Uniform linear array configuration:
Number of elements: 32
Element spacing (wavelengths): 0.5
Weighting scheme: kaiser
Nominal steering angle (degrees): -60
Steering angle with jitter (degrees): -59.516
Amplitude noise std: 0.05
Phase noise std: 0.05

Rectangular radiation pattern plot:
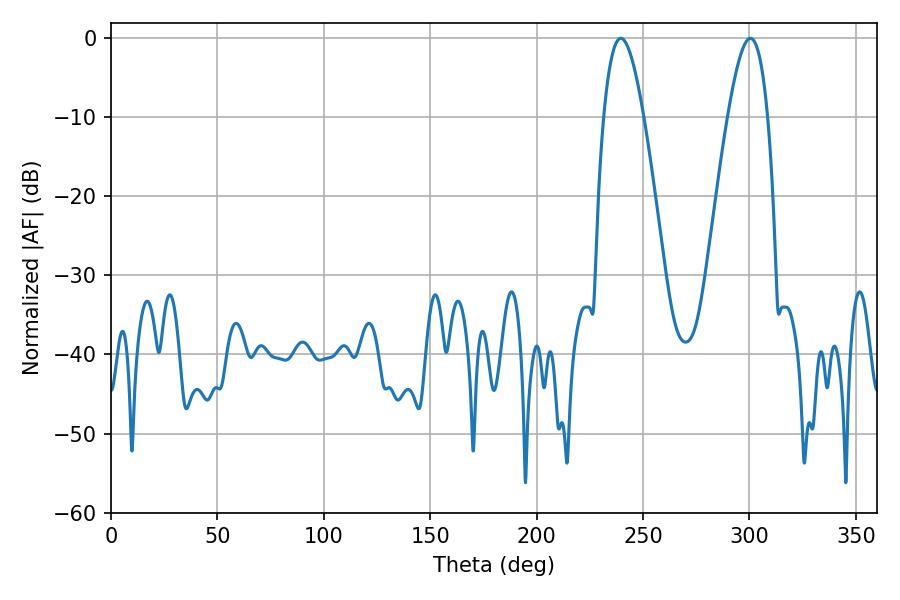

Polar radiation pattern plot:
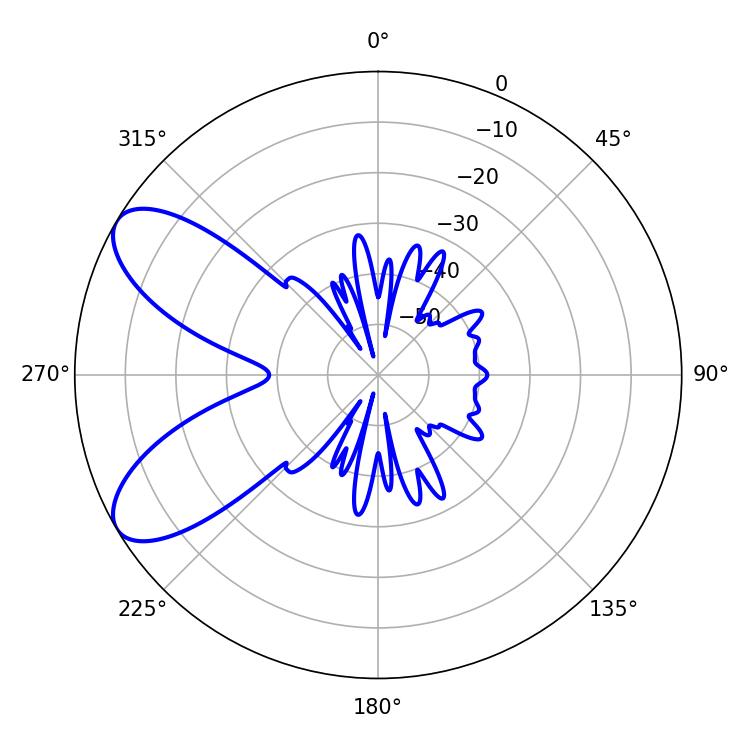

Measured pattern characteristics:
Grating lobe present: FALSE
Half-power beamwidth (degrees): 10.08
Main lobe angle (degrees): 300.42